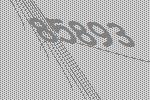
85893